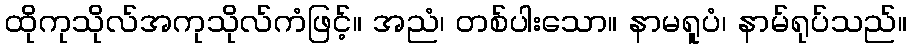
ထိုကုသိုလ်အကုသိုလ်ကံဖြင့်။ အညံ၊ တစ်ပါးသော။ နာမရူပံ၊ နာမ်ရုပ်သည်။